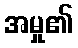
အမှု၏